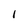
Character: 1